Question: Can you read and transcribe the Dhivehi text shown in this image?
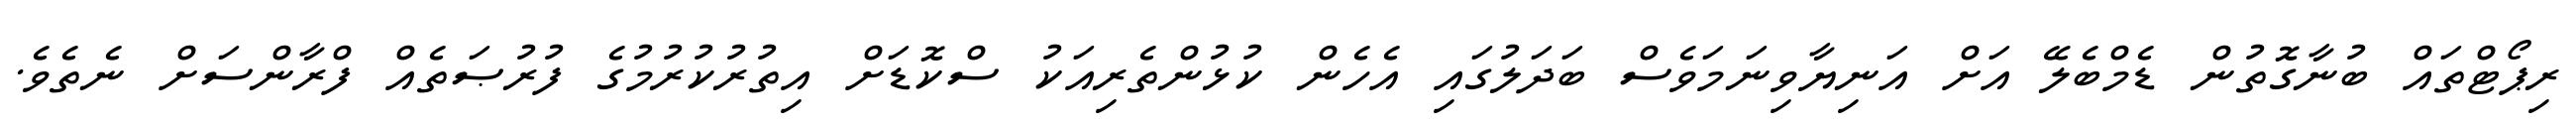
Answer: ރިޕޯޓްތައް ބުނާގޮތުން ޑެމްބެލޭ އަށް އަނިޔާވިނަމަވެސް ބަދަލުގައި އެހެން ކުޅުންތެރިއަކު ސްކޮޑަށް އިތުރުކުރުމުގެ ފުރުޞަތެއް ފްރާންސަށް ނެތެވެ.